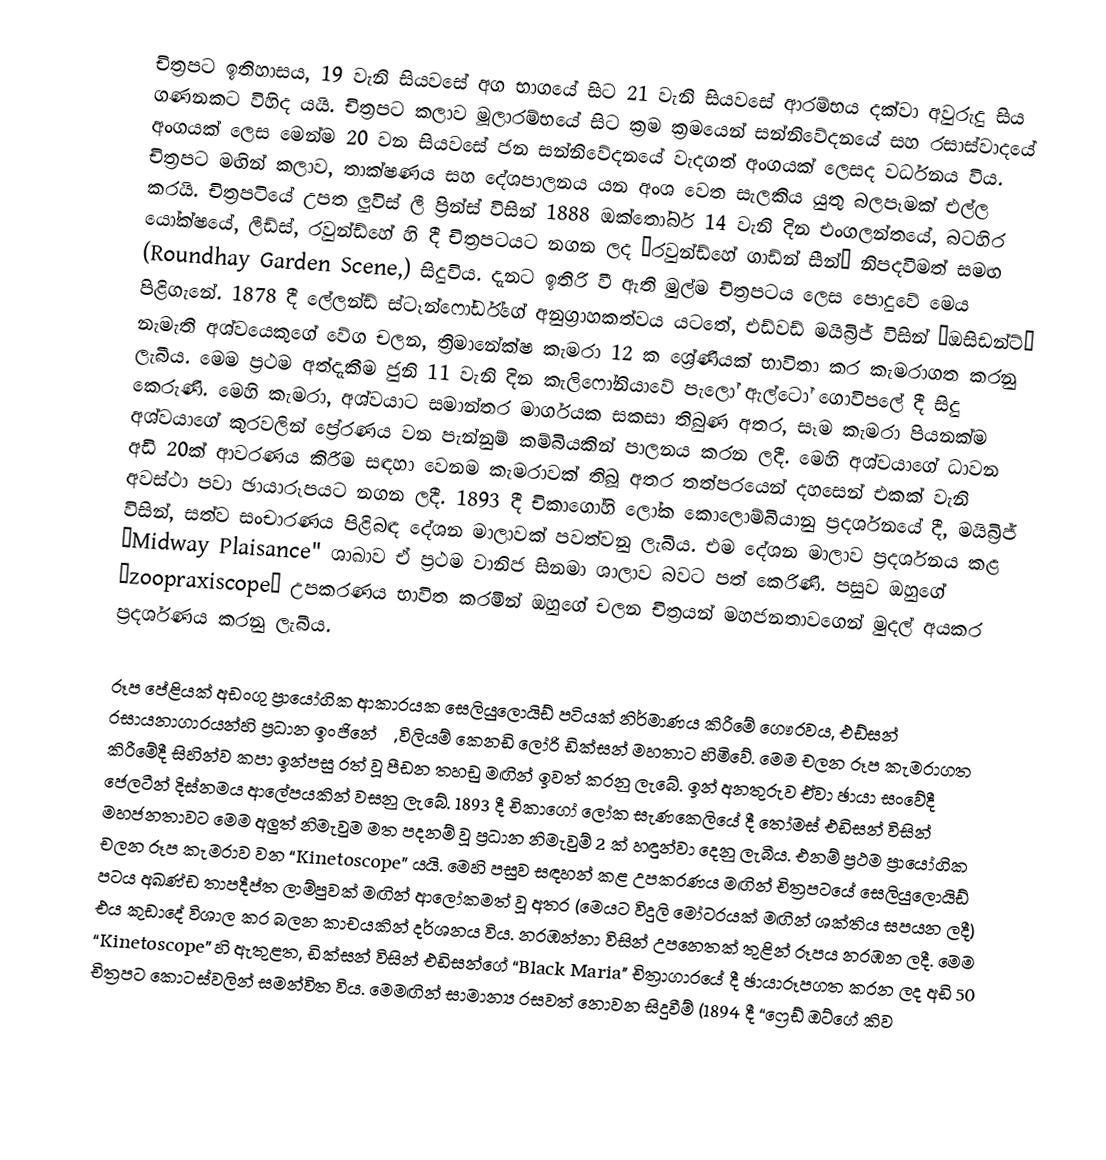
චිත්‍රපට ඉතිහාසය, 19 වැනි සියවසේ අග භාගයේ සිට 21 වැනි සියවසේ ආරම්භය දක්වා අවුරුදු සිය ගණනකට විහිද යයි. චිත්‍රපට කලාව මූලාරම්භයේ සිට ක්‍රම ක්‍රමයෙන් සන්නිවේදනයේ සහ රසාස්වාදයේ අංගයක් ලෙස මෙන්ම 20 වන සියවසේ ජන සන්නිවේදනයේ වැදගත් අංගයක් ලෙසද වර්ධනය විය. චිත්‍රපට මඟින් කලාව, තාක්ෂණය සහ දේශපාලනය යන අංශ වෙත සැලකිය යුතු බලපෑමක් එල්ල කරයි. චිත්‍රපටියේ උපත ලුවිස් ලී ප්‍රින්ස් විසින් 1888 ඔක්තෝබර් 14 වැනි දින එංගලන්තයේ, බටහිර යෝක්ෂයේ, ලීඩ්ස්, රවුන්ඩ්හේ හි දී චිත්‍රපටයට නගන ලද “රවුන්ඩ්හේ ගාඩ්න් සීන්” නිපදවීමත් සමඟ (Roundhay Garden Scene,) සිදුවිය. දැනට ඉතිරි වී ඇති මුල්ම චිත්‍රපටය ලෙස පොදුවේ මෙය පිළිගැනේ. 1878 දී ලේලන්ඩ් ස්ටෑන්ෆෝර්ඩ්ගේ අනුග්‍රාහකත්වය යටතේ, එඩ්වඩ් මයිබ්‍රිජ් විසින් “ඔසිඩන්ට්” නැමැති අශ්වයෙකුගේ වේග චලන, ත්‍රිමානේක්ෂ කැමරා 12 ක ශ්‍රේණියක් භාවිතා කර කැමරාගත කරනු ලැබීය. මෙම ප්‍රථම අත්දැකීම ජුනි 11 වැනි දින කැලිෆෝනියාවේ පැලෝ ඇල්ටෝ ගොවිපලේ දී සිදු කෙරුණි. මෙහි කැමරා, අශ්වයාට සමාන්තර මාර්ගයක සකසා තිබුණ අතර, සෑම කැමරා පියනක්ම අශ්වයාගේ කුරවලින් ප්‍රේරණය වන පැන්නුම් කම්බියකින් පාලනය කරන ලදී. මෙහි අශ්වයාගේ ධාවන අඩි 20ක් ආවරණය කිරීම සඳහා වෙනම කැමරාවක් තිබූ අතර තත්පරයෙන් දහසෙන් එකක් වැනි අවස්ථා පවා ඡායාරූපයට නගන ලදී. 1893 දී චිකාගෝහි ලෝක කොලොම්බියානු ප්‍රදර්ශනයේ දී, මයිබ්‍රිජ් විසින්, සත්ව සංචාරණය පිළිබඳ දේශන මාලාවක් පවත්වනු ලැබීය. එම දේශන මාලාව ප්‍රදර්ශනය කළ “Midway Plaisance" ශාඛාව ඒ ප්‍රථම වානිජ සිනමා ශාලාව බවට පත් කෙරිණි. පසුව ඔහුගේ “zoopraxiscope” උපකරණය භාවිත කරමින් ඔහුගේ චලන චිත්‍රයන් මහජනතාවගෙන් මුදල් අයකර ප්‍රදර්ශණය කරනු ලැබීය.

රූප පේළියක් අඩංගු ප්‍රායෝගික ආකාරයක සෙලියුලොයිඩ් පටියක් නිර්මාණය කිරීමේ ගෞරවය, එඩ්සන් රසායනාගාරයන්හි ප්‍රධාන ඉංජිනේරු, විලියම් කෙනඩි ලෝරි ඩික්සන් මහතාට හිමිවේ. මෙම චලන රූප කැමරාගත කිරීමේදී සිහින්ව කපා ඉන්පසු රත් වූ පීඩන තහඩු මඟින් ඉවත් කරනු ලැබේ. ඉන් අනතුරුව ඒවා ඡායා සංවේදී ජෙලටීන් දිස්නමය ආලේපයකින් වසනු ලැබේ. 1893 දී චිකාගෝ ලෝක සැණකෙලියේ දී තෝමස් එඩිසන් විසින් මහජනතාවට මෙම අලුත් නිමැවුම මත පදනම් වූ ප්‍රධාන නිමැවුම් 2 ක් හඳුන්වා දෙනු ලැබීය. එනම් ප්‍රථම ප්‍රායෝගික චලන රූප කැමරාව වන “Kinetoscope” යයි. මෙහි පසුව සඳහන් කළ උපකරණය මඟින් චිත්‍රපටයේ සෙලියුලොයිඩ් පටය අඛණ්ඩ තාපදීප්ත ලාම්පුවක් මඟින් ආලෝකමත් වූ අතර (මෙයට විදුලි මෝටරයක් මඟින් ශක්තිය සපයන ලදී) එය කුඩාදේ විශාල කර බලන කාචයකින් දර්ශනය විය. නරඹන්නා විසින් උපනෙතක් තුළින් රූපය නරඹන ලදී. මෙම “Kinetoscope” හි ඇතුළත, ඩික්සන් විසින් එඩිසන්ගේ “Black Maria" චිත්‍රාගාරයේ දී ඡායාරූපගත කරන ලද අඩි 50 චිත්‍රපට කොටස්වලින් සමන්විත විය. මෙමඟින් සාමාන්‍ය රසවත් නොවන සිදුවීම් (1894 දී “ෆ්‍රෙඩ් ඔට්ගේ කිව